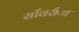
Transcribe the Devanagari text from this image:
साँवरीया